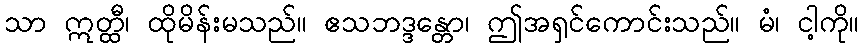
သာ ဣတ္ထီ၊ ထိုမိန်းမသည်။ ဧသဘဒ္ဒန္တော၊ ဤအရှင်ကောင်းသည်။ မံ၊ ငါ့ကို။